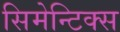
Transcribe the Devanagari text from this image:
सिमेन्टिक्स